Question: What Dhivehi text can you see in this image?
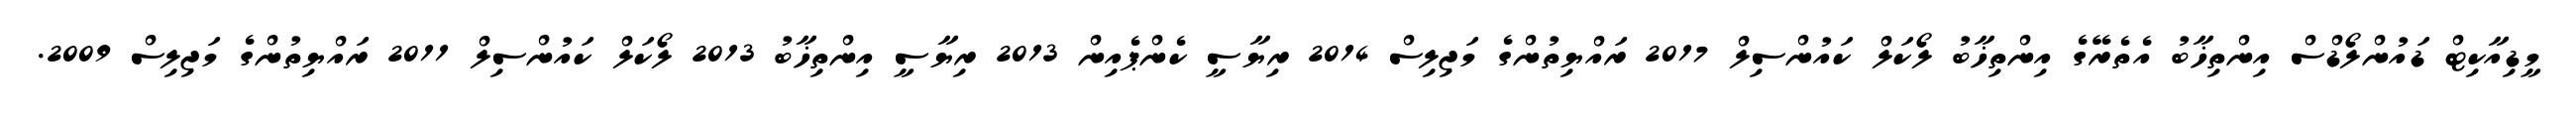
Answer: މީޑިއާކިޓް ޑައުންލޯޑްސް އިންތިޚާބު އެތެރޭގެ އިންތިޚާބު ލޯކަލް ކައުންސިލް 2017 ރައްޔިތުންގެ މަޖިލިސް 2014 ރިޔާސީ ކެންޕެއިން 2013 ރިޔާސީ އިންތިޚާބު 2013 ލޯކަލް ކައުންސިލް 2011 ރައްޔިތުންގެ މަޖިލިސް 2009.